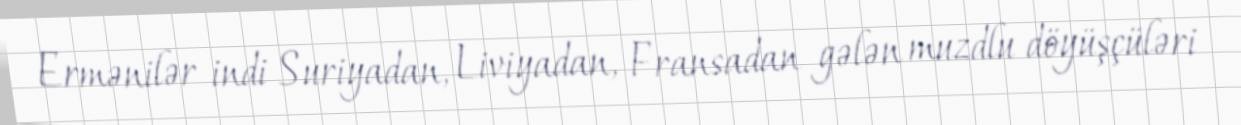
Ermənilər indi Suriyadan, Liviyadan, Fransadan gələn muzdlu döyüşçüləri